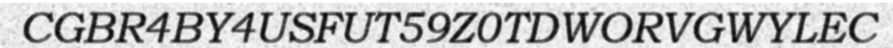
CGBR4BY4USFUT59Z0TDWORVGWYLEC